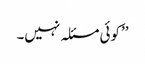
’’کوئی مسئلہ نہیں۔